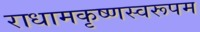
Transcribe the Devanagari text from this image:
राधामकृष्णस्वरूपम